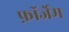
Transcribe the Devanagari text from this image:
फ़ॉर्जेम